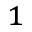
^ { 1 }